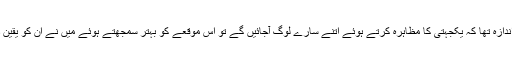
’میں نے ان طلبا کو پیر کے روز اس پر گفتگو کرنے کے لیے بلایا لیکن مجھے نہیں اندازہ تھا کہ یکجہتی کا مظاہرہ کرتے ہوئے اتنے سارے لوگ آجائیں گے تو اس موقعے کو بہتر سمجھتے ہوئے میں نے ان کو یقین دہانی کرائی کہ یونیورسٹی میں جنسی حساسیت سے متعلق آگاہی کو بڑھایا جاسکتا ہے۔